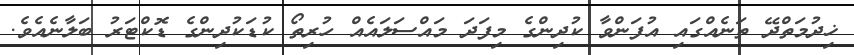
ޚިދުމަތްދޭ ތަނެއްގައި އުފަންވާ ކުދިންގެ މިފަދަ މައްސަލައެއް ހުރިތޯ ކުޑަކުދިންގެ ޑޮކްޓަރު ބަލާނެއެވެ.